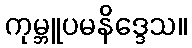
ကုမ္ဘူပမနိဒ္ဒေသ။